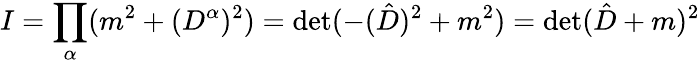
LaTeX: I=\prod_{\alpha}(m^{2}+(D^{\alpha})^{2})=\operatorname*{det}(-(\hat{D})^{2}+m^{2})=\operatorname*{det}(\hat{D}+m)^{2}